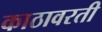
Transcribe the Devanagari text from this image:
काठावरती